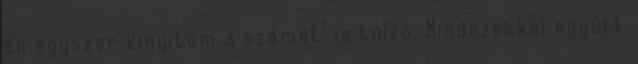
én egyszer kinyitom a számat" is túlzó. Mindezekkel együtt